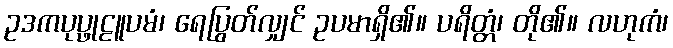
ဥဒကပုပ္ဖုဠူပမံ၊ ရေပြွတ်လျှင် ဥပမာရှိ၏။ ပရိတ္တံ၊ တို၏။ လဟုကံ၊